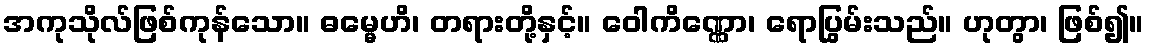
အကုသိုလ်ဖြစ်ကုန်သော။ ဓမ္မေဟိ၊ တရားတို့နှင့်။ ဝေါကိဏ္ဏော၊ ရောပြွမ်းသည်။ ဟုတွာ၊ ဖြစ်၍။